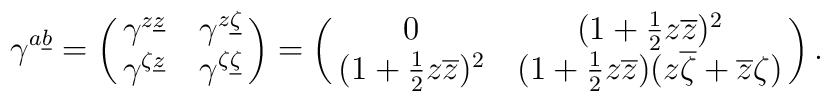
\gamma^{a\underline b} =\pmatrix{ \gamma^{z\underline z} & \gamma^{z \underline \zeta} \cr         \gamma^{\zeta \underline z} & \gamma^{\zeta \underline \zeta } \cr}= \pmatrix{ 0  &  (1 + {1 \over 2}z\overline z)^2    \cr        (1 + {1 \over 2}z\overline z)^2  &        (1 + {1 \over 2}z\overline z)(z\overline \zeta + \overline z\zeta)        \cr}  .